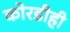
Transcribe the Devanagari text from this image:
कोरडीही